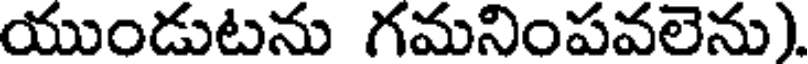
యుండుటను గమనింపవలెను).